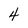
Character: 4